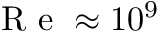
\ensuremath { \mathrm { ~ R ~ e ~ } } \approx 1 0 ^ { 9 }